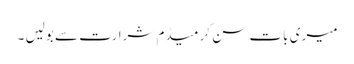
میری بات سن کر میڈم شرارت سے بولیں ۔